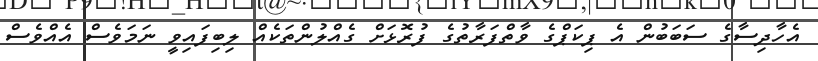
އެހާދިސާގެ ސަބަބުން އެ ޕިކަޕްގެ ވާތްފަރާތުގެ ފުރޮޅަށް ގެއްލުންތަކެއް ލިބިފައިވީ ނަމަވެސް އެއްވެސް